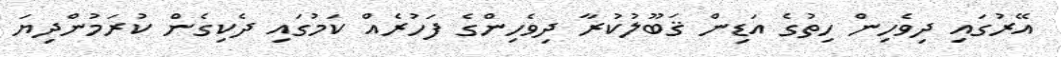
އޭރުގައި ދިވެހިން ހިތުގެ އަޑިން ޤަބޫލުކުރާ ދިވެހިންގެ ފަހުރެއް ކަމުގައި ދެކިގެން ކުރަމުންދިޔަ